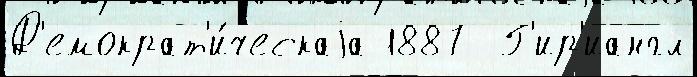
Д'емократ'и́ческаjа 1887  Г'ир'иангл